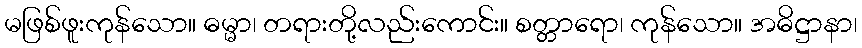
မဖြစ်ဖူးကုန်သော။ ဓမ္မာ၊ တရားတို့လည်းကောင်း။ စတ္တာရော၊ ကုန်သော။ အဓိဋ္ဌာနာ၊